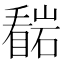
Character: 𭿠